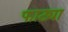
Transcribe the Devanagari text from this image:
फाट्या